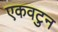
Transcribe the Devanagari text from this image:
एकवटुन